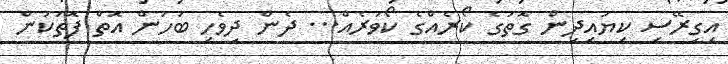
އިގިރޭސި ކިޔައިދިން ގޮތުގެ ކޯރެއްގެ ކޯވަރެއް... ދެން ދިވެހި ބަހުން އޮތް ފޮތަކުން